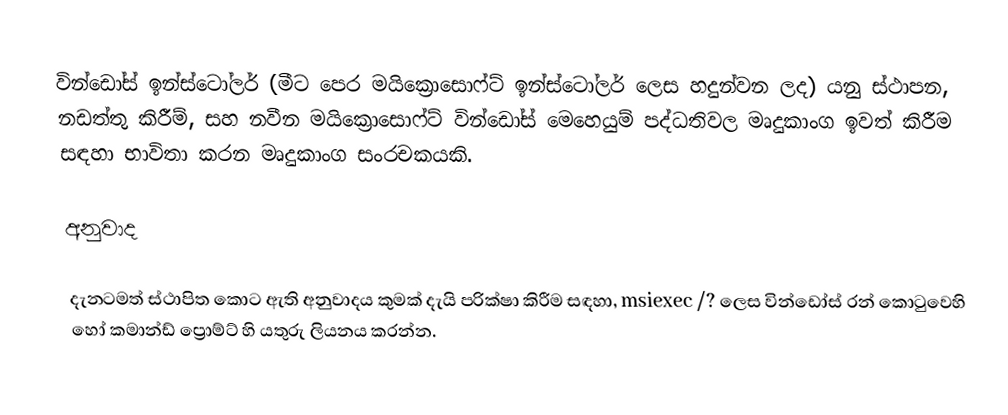
වින්ඩෝස් ඉන්ස්ටෝලර් (මීට පෙර මයික්‍රොසොෆ්ට් ඉන්ස්ටෝලර් ලෙස හදුන්වන ලද) යනු ස්ථාපන, නඩත්තු කිරීම්, සහ නවීන මයික්‍රොසොෆ්ට් වින්ඩෝස් මෙහෙයුම් පද්ධතිවල මෘදුකාංග ඉවත් කිරීම සඳහා භාවිතා කරන මෘදුකාංග සංරචකයකි.

අනුවාද

දැනටමත් ස්ථාපිත කොට ඇති අනුවාදය කුමක් දැයි පරික්ෂා කිරීම සඳහා, msiexec /? ලෙස වින්ඩෝස් රන් කොටුවෙහි හෝ කමාන්ඩ් ප්‍රොම්ට් හි යතුරු ලියනය කරන්න.